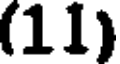
(11)